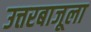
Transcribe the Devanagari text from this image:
उत्तरबाजूला